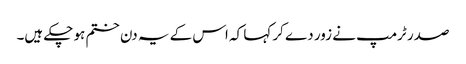
صدر ٹرمپ نے زور دے کر کہا کہ اس کے یہ دن ختم ہو چکے ہیں۔